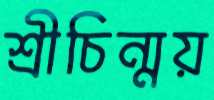
শ্রীচিন্ময়